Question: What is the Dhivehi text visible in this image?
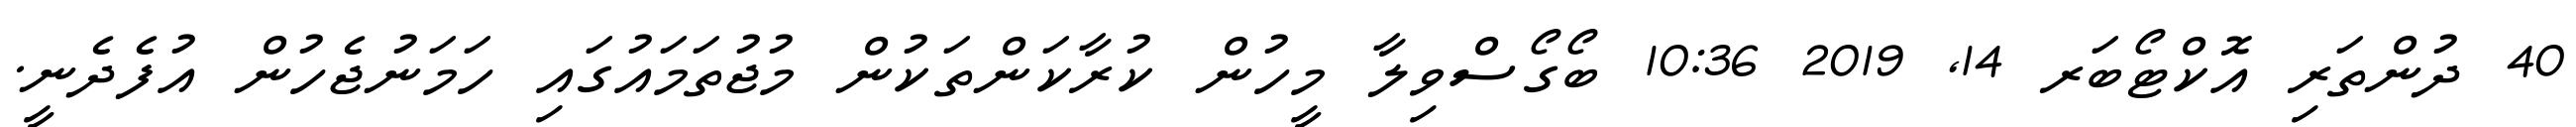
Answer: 40 ދުންތަރި އޮކްޓޯބަރ 14, 2019 10:36 ބޯގޯސްވިލާ މީހުން ކުރާކަންތަކުން މުޖުތަމައުގައި ހަމަނުޖެހުން އުފެދެނީ.